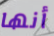
أنها